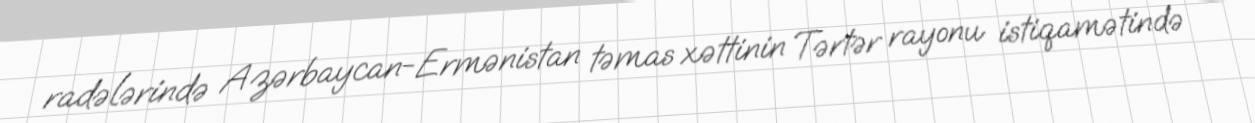
radələrində Azərbaycan-Ermənistan təmas xəttinin Tərtər rayonu istiqamətində